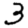
Digit: 3